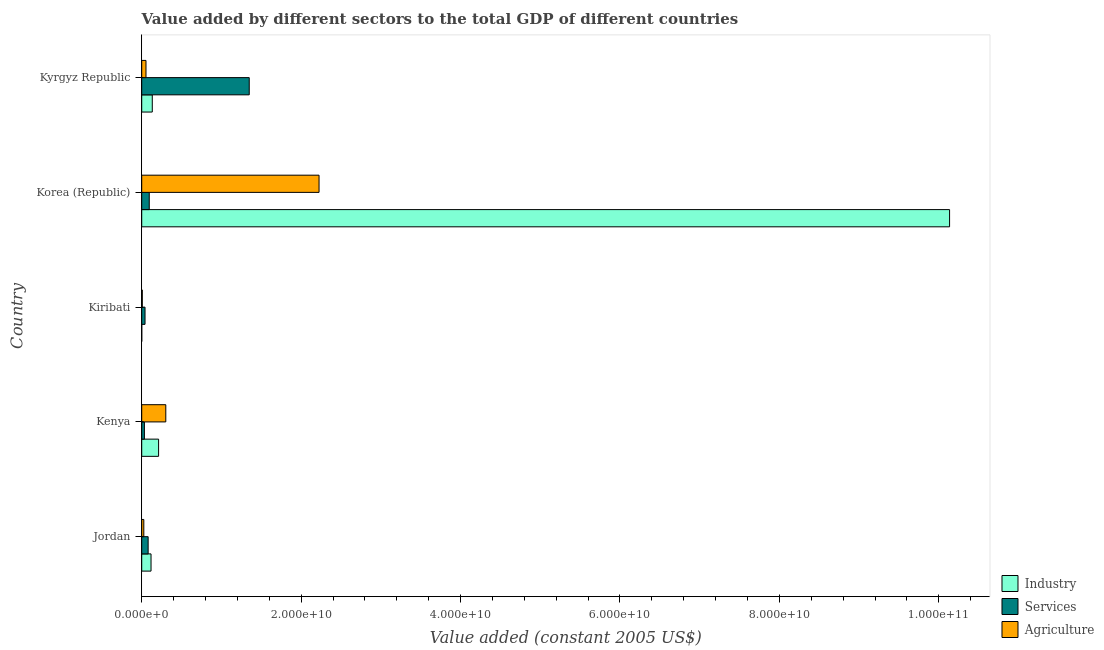
| Country | Industry | Services | Agriculture |
 | --- | --- | --- | --- |
 | Jordan | 1.17e+09 | 8.06e+08 | 2.62e+08 |
 | Kenya | 2.12e+09 | 3.37e+08 | 3.02e+09 |
 | Kiribati | 3.87e+06 | 4.15e+08 | 7.24e+07 |
 | Korea (Republic) | 1.01e+11 | 9.44e+08 | 2.22e+10 |
 | Kyrgyz Republic | 1.32e+09 | 1.35e+10 | 5.34e+08 |